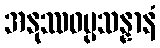
အနုဿဝပ္ပသန္နာနံ